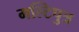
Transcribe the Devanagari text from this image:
मल्टिपुत्र